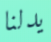
يدلنا